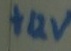
Text: +12V